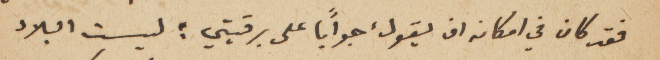
فقد كان في امكانه ان يقول، جواباً على برقيتي: ليست البلاد